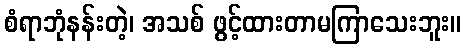
စံရာဘုံနန်းတဲ့၊ အသစ် ဖွင့်ထားတာမကြာသေးဘူး။